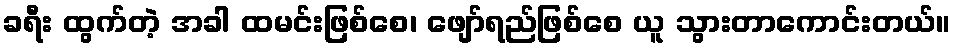
ခရီး ထွက်တဲ့ အခါ ထမင်းဖြစ်စေ၊ ဖျော်ရည်ဖြစ်စေ ယူ သွားတာကောင်းတယ်။